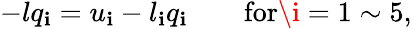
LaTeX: -lq_{\mathbf{i}}=u_{\mathbf{i}}-l_{\mathbf{i}}q_{\mathbf{i}}\quad\quad\mathrm{{for}}\i=1\sim5,